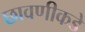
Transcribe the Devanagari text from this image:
छावणीकडे